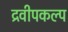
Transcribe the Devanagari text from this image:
द्रवीपकल्प